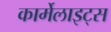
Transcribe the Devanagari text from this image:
कार्मेलाइट्स